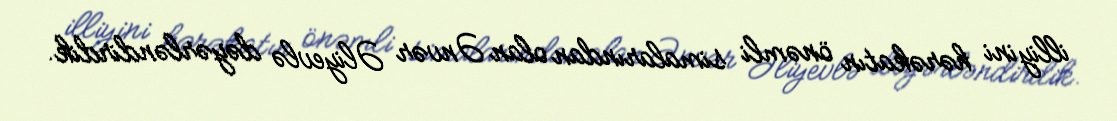
illiyini hərəkatın önəmli simalarından olan Ənvər Əliyevlə dəyərləndirdik.